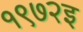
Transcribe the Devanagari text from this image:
१९७२इ